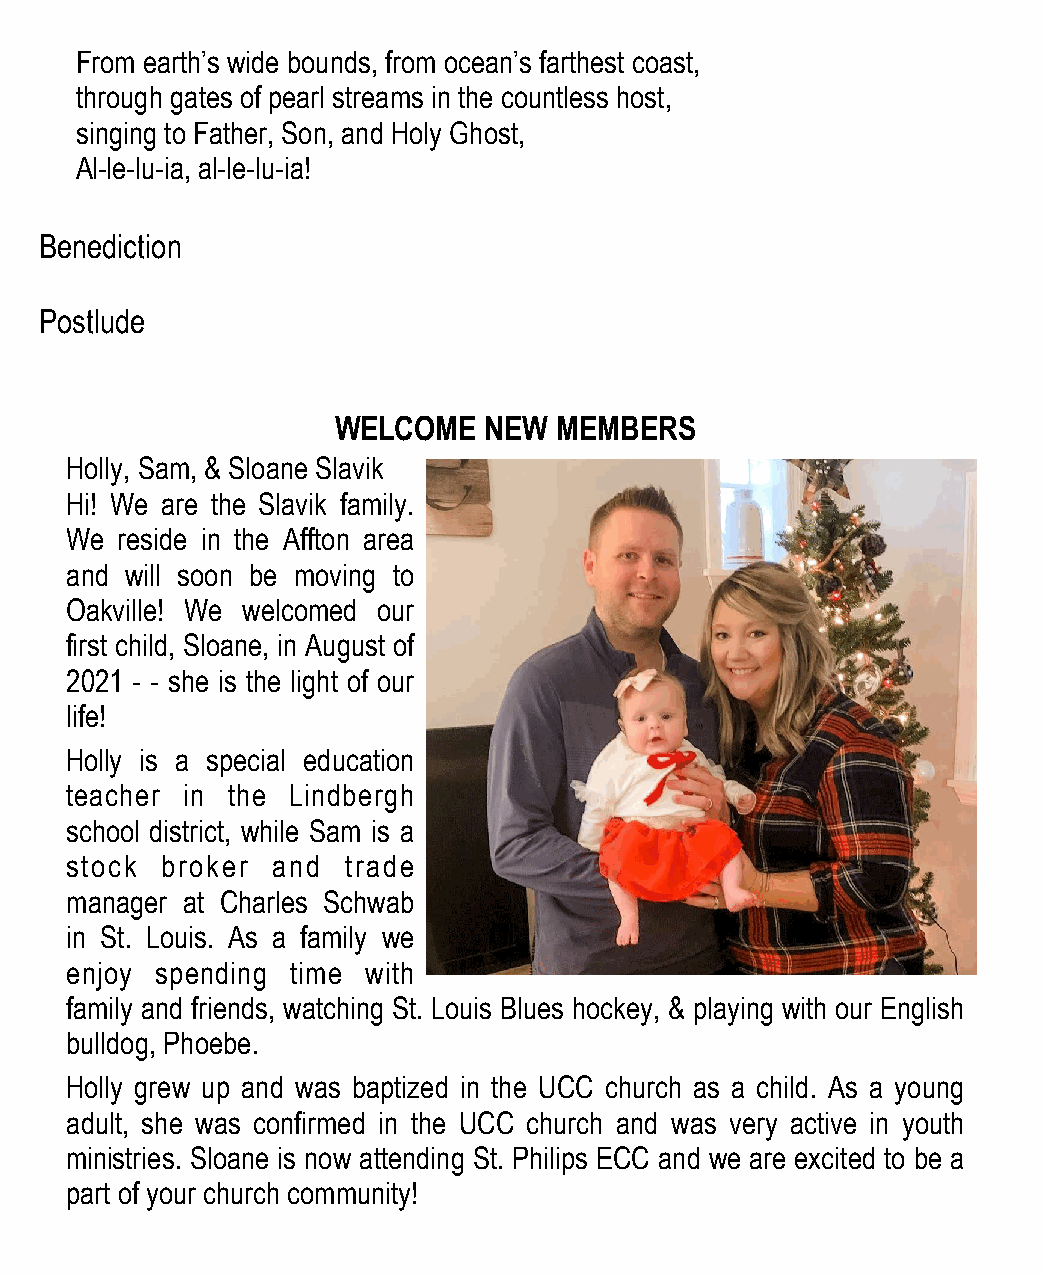
From earth’s wide bounds, from ocean’s farthest coast,
 through gates of pearl streams in the countless host,
 singing to Father, Son, and Holy Ghost,
 Al-le-lu-ia, al-le-lu-ia!
 Benediction
 Postlude
 WELCOME   NEW  MEMBERS
 Holly, Sam, & Sloane Slavik
 Hi! We are the Slavik family.
 We  reside in the Affton area
 and will soon be moving to
 Oakville! We welcomed our
 first child, Sloane, in August of
 2021 - - she is the light of our
 life!
 Holly is a special education
 teacher in the Lindbergh
 school district, while Sam is a
 stock  broker and  trade
 manager at Charles Schwab
 in St. Louis. As a family we
 enjoy spending time with
 family and friends, watching St. Louis Blues hockey, & playing with our English
 bulldog, Phoebe.
 Holly grew up and was baptized in the UCC church as a child. As a young
 adult, she was confirmed in the UCC church and was very active in youth
 ministries. Sloane is now attending St. Philips ECC and we are excited to be a
 part of your church community!